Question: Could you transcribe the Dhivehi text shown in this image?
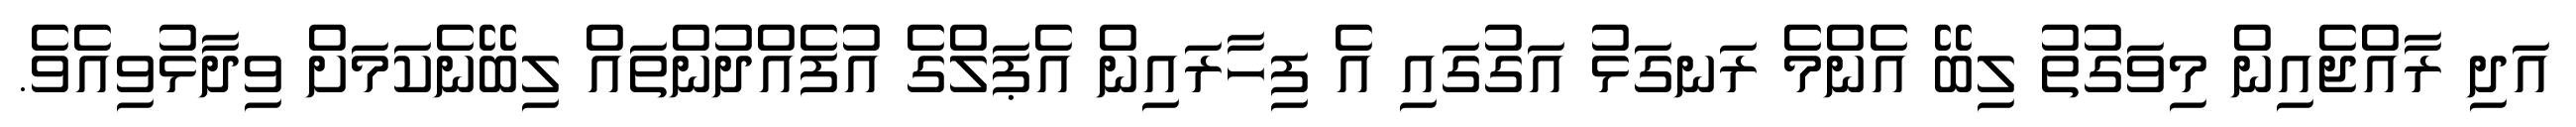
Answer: އަދި ރާއްޖެއިން މިވަގުތު ލިބޭ އެންމެ ރަނގަޅު އަގުގައި އެ ފިހާރައިން އެޕަލްގެ އުފެއްދުންތައް ލިބޭނެކަމަށް ވިދާޅުވިއެވެ.